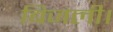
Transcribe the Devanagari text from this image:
बिजली।